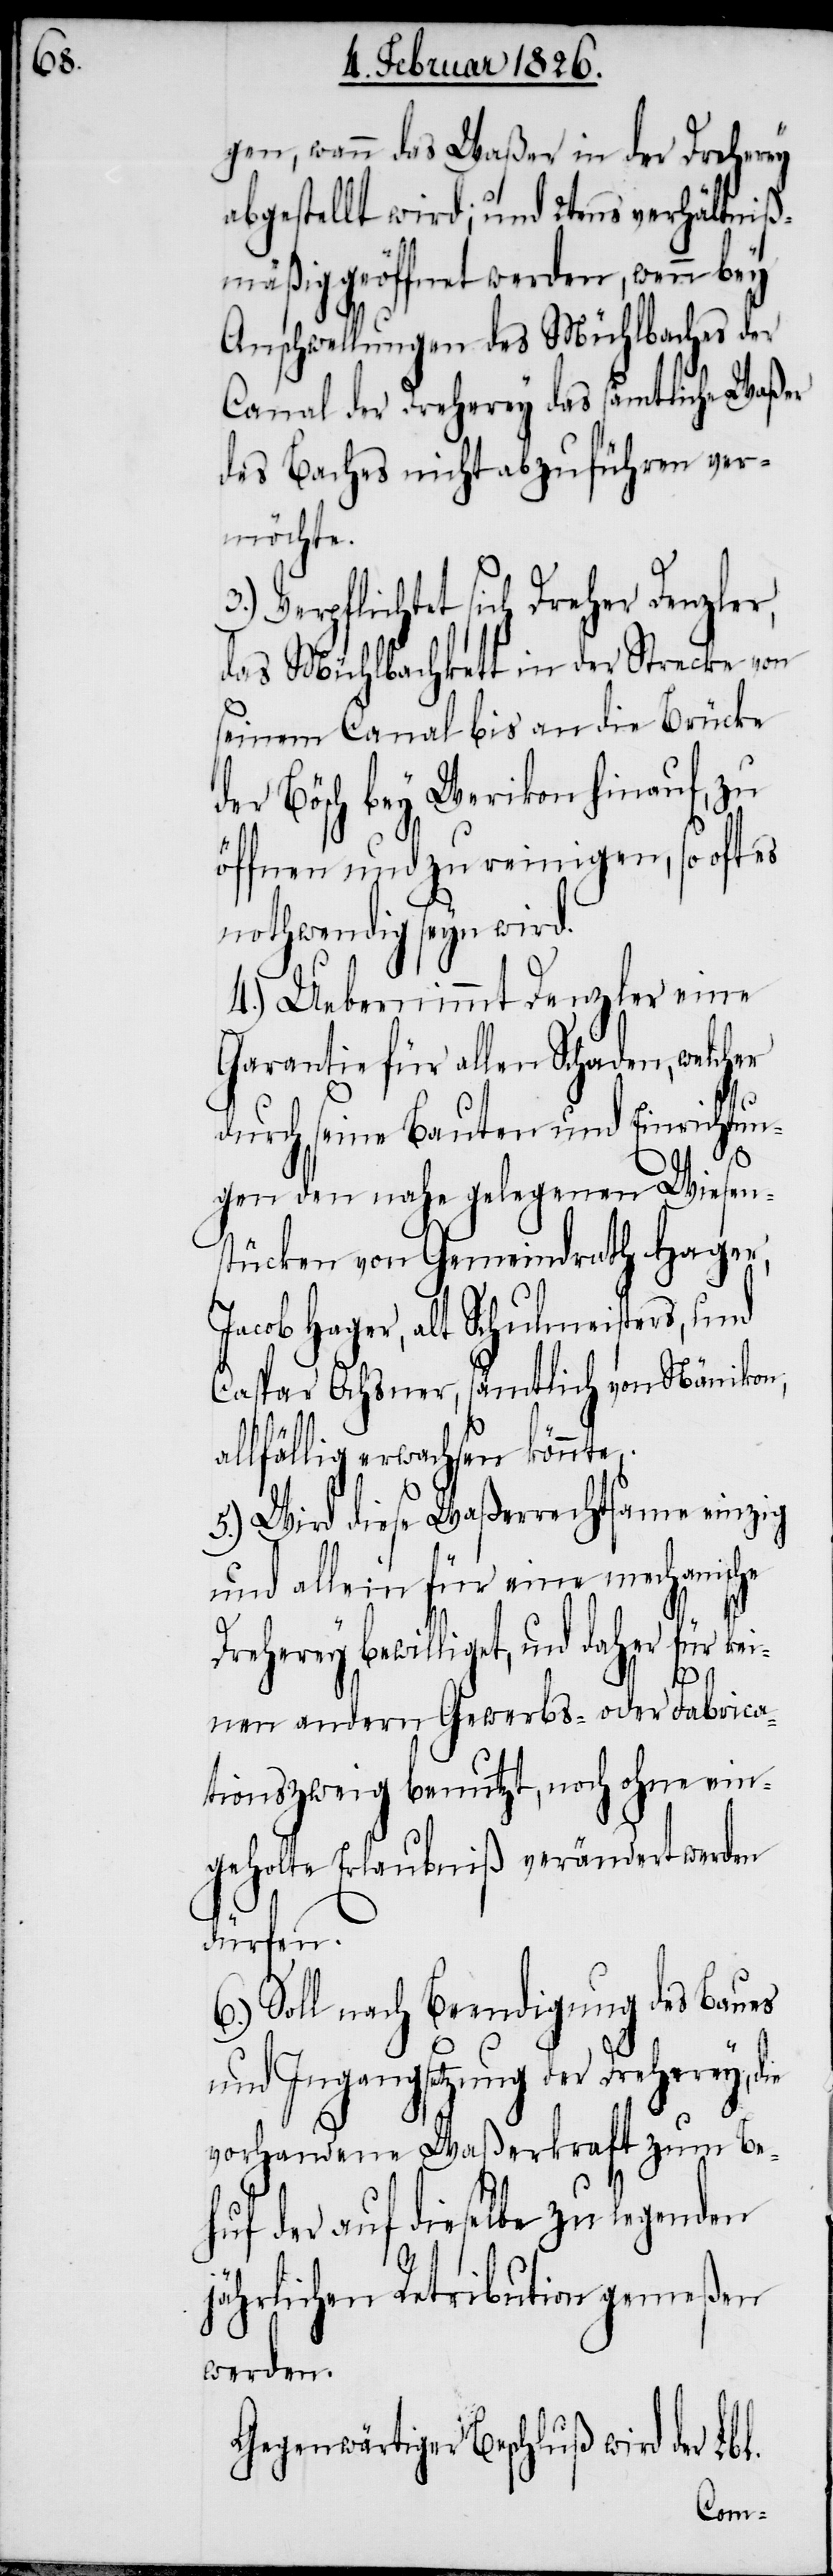
kei¬

gen, wann das Waßer in der Dreherey
abgestellt wird; und 2tens verhältniß¬
mäßig geöffnet werden, wenn bey
Anschwellungen des Mühlbaches der
Canal der Dreherey das sämtliche Waßer
des Baches nicht abzuführen ver¬
möchte.
Verpflichtet sich Dreher Denzler,
das Mühlbachkett in der Strecke von
seinem Canal bis an die Brücke
der Bösch bey Werikon hinauf, zu
öffnen und zu reinigen, so oft es
nothwendig seyn wird.
4.) Uebernimmt Denzler eine
Garantie für allen Schaden, welcher
durch seine Bauten und Einrichtun¬
gen den nahe gelegenen Wiesen¬
stücken von Gemeindrath Hager,
Jacob Hager, alt Schulmeisters, und
Caspar Ochsner, sämtlich von Nänikon,
allfällig erwachsen könnte.
5.) Wird diese Waßerrechtsame einzig
und allein für eine mechanische
Dreherey bewilliget, und daher für
nen andern Gewerbs- oder Fabrica¬
tionszweig benutzt, noch ohne ein¬
geholte Erlaubniß verändert werden
dürfen.
6.) Soll nach Beendigung des Baues
und Ingangsetzung der Dreherey, die
vorhandene Waßerkraft zum Be¬
huf der auf dieselbe zu legenden
jährlichen Retribution gemeßen
werden.
Gegenwärtiger Beschluß wird der Lbl.